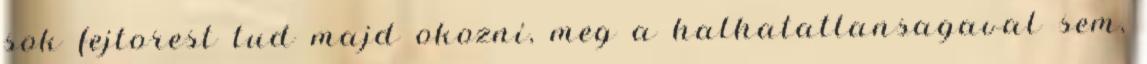
sok fejtorest tud majd okozni, meg a halhatatlansagaval sem,